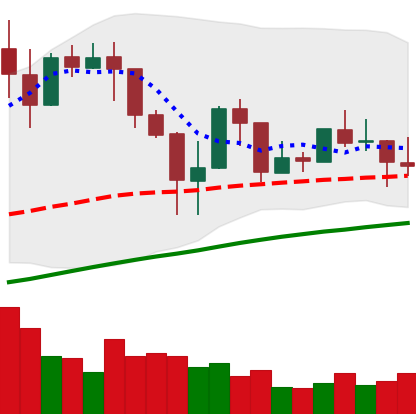
Ticker: LINK-USD
Chart end date: 2019-04-22
Forward return: -11.093%
Label: down_7plus